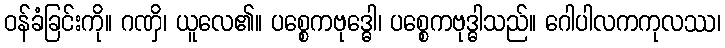
ဝန်ခံခြင်းကို။ ဂဏှိ၊ ယူလေ၏။ ပစ္စေကဗုဒ္ဓေါ၊ ပစ္စေကဗုဒ္ဓါသည်။ ဂေါပါလကကုလဿ၊